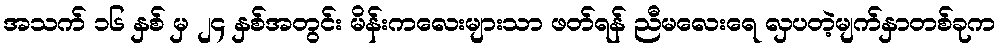
အသက် ၁၆ နှစ် မှ ၂၄ နှစ်အတွင်း မိန်းကလေးများသာ ဖတ်ရန် ညီမလေးရေ လှပတဲ့မျက်နှာတစ်ခုက